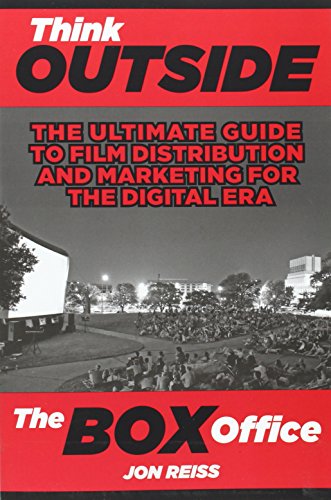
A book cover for Think Outside the Box Office: The Ultimate Guide to Film Distribution and Marketing for the Digital Era; Jon Reiss; Business & Money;